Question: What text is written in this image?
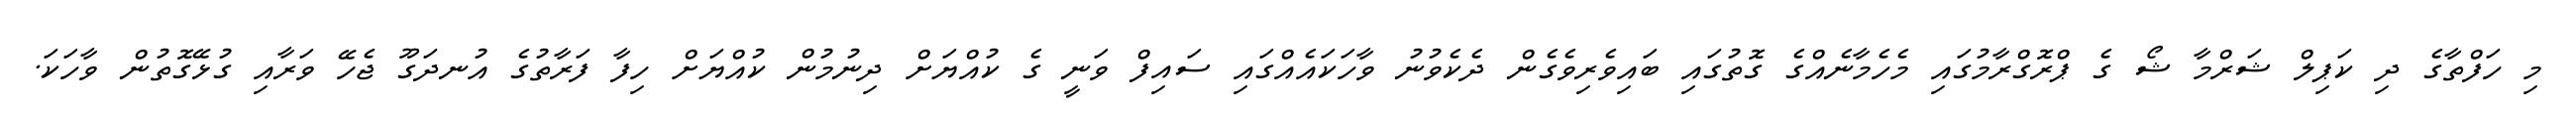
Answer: މި ހަފްތާގެ ދި ކަޕިލް ޝަރްމާ ޝޯ ގެ ޕްރޮގްރާމުގައި މެހެމާނެއްގެ ގޮތުގައި ބައިވެރިވެގެން ދެކެވުނު ވާހަކައެއްގައި ސައިފް ވަނީ ގެ ކުއްޔަށް ދިނުމުން ކުއްޔަށް ހިފާ ފަރާތުގެ އުނދަގޫ ޖެހޭ ވަރާއި ގުޅޭގޮތުން ވާހަކަ.